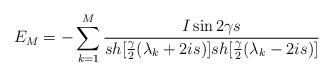
LaTeX: \begin{align*}E_M = - \sum_{k=1}^{M} \frac{I\sin 2\gamma s}{sh[\frac{\gamma}{2}(\lambda_k+2is)]sh[\frac{\gamma}{2}(\lambda_k-2is)]}\end{align*}